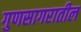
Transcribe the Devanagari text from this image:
गुणसागरातील